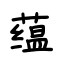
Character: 蕴